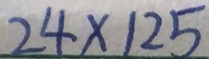
2 4 \times 1 2 5